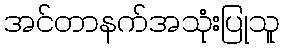
အင်တာနက်အသုံးပြုသူ